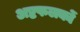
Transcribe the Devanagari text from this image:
अष्टफलकों